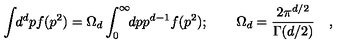
\int \! \! d ^ { d } p f ( p ^ { 2 } ) = \Omega _ { d } \int _ { 0 } ^ { \infty } \! \! d p p ^ { d - 1 } f ( p ^ { 2 } ) ; \qquad \Omega _ { d } = \frac { 2 \pi ^ { d / 2 } } { \Gamma ( d / 2 ) } \quad ,